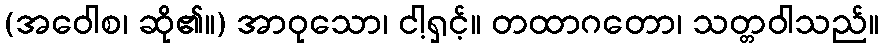
(အဝေါစ၊ ဆို၏။) အာဝုသော၊ ငါ့ရှင့်။ တထာဂတော၊ သတ္တဝါသည်။